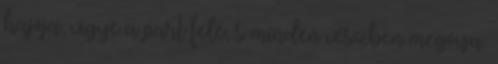
hajója, vigye a part felé, s minden vészben megóvja.